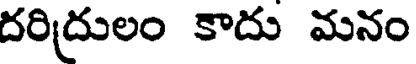
దరిద్రులం కాదు మనం